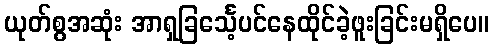
ယုတ်စွအဆုံး အာရှခြင်္သေ့ပင်နေထိုင်ခဲ့ဖူးခြင်းမရှိပေ။